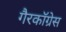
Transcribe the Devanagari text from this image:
गैरकॉग्रेस